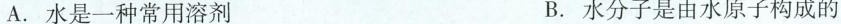
A. 水是一种常用溶剂 B. 水分子是由水原子构成的